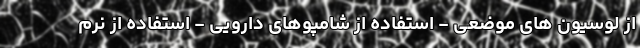
از لوسیون های موضعی - استفاده از شامپوهای دارویی - استفاده از نرم